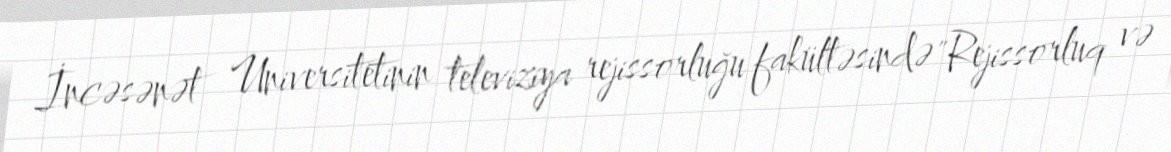
İncəsənət Universitetinin televiziya rejissorluğu fakültəsində "Rejissorluq və